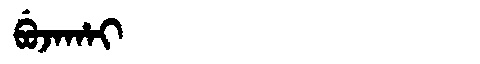
Manchu: ᠪᡠᠵᠠᡥᠠᡳ
Romanization: BUJAHAI